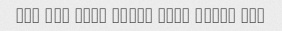
Ali bod vali yekam sard shude bod